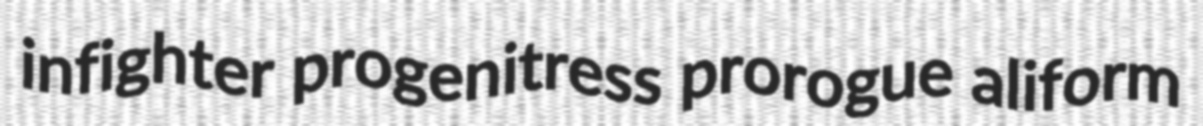
infighter progenitress prorogue aliform